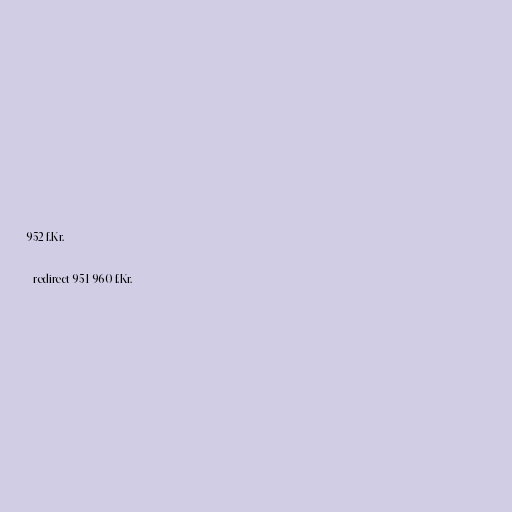
952 f.Kr.

#redirect 951-960 f.Kr.